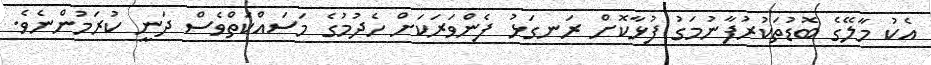
އެކު މާލޭގެ ބޮޑުތަކުރުފާނުމަގު ފުޅާކޮށް ރަނގަޅު ފެންވަރަކަށް ހެދުމުގެ މަސައްކަތްވެސް ދަނީ ކުރަމުންނެވެ.